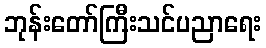
ဘုန်းတော်ကြီးသင်ပညာရေး